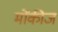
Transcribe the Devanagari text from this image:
मोंकीज